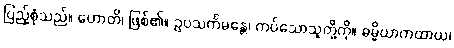
ပြည့်စုံသည်။ ဟောတိ၊ ဖြစ်၏။ ဥပသင်္ကမန္တေ၊ ကပ်သောသူတို့ကို။ ဓမ္မိယာကထာယ၊